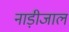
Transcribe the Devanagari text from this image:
नाड़ीजाल